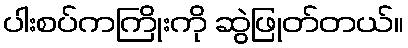
ပါးစပ်ကကြိုးကို ဆွဲဖြုတ်တယ်။